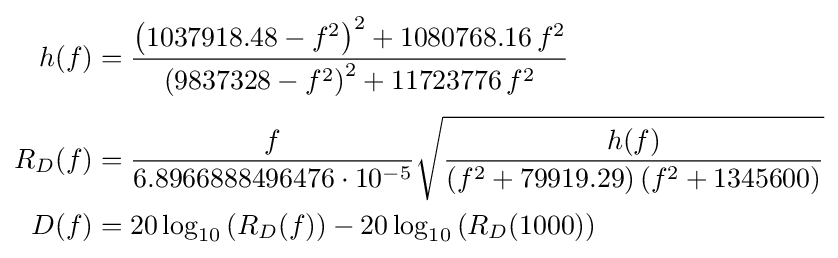
{\begin{aligned}h(f)&={\frac {\left(1037918.48-f^{2}\right)^{2}+1080768.16\,f^{2}}{\left(9837328-f^{2}\right)^{2}+11723776\,f^{2}}}\\[3pt]R_{D}(f)&={\frac {f}{6.8966888496476\cdot 10^{-5}}}{\sqrt {\frac {h(f)}{\left(f^{2}+79919.29\right)\left(f^{2}+1345600\right)}}}\\D(f)&=20\log _{10}\left(R_{D}(f)\right)-20\log _{10}\left(R_{D}(1000)\right)\end{aligned}}